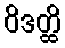
ဝိဒတ္ထိ